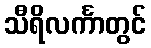
သီရိလင်္ကာတွင်